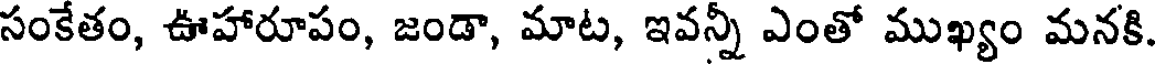
సంకేతం, ఊహారూపం, జండా, మాట, ఇవన్నీ ఎంతో ముఖ్యం మనకి